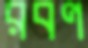
রবণ